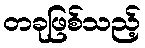
တခုဖြစ်သည့်